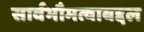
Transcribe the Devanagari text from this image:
सार्वभौमत्वाबद्दल